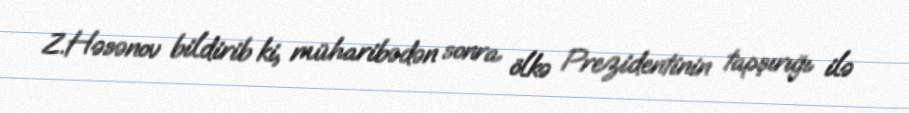
Z.Həsənov bildirib ki, müharibədən sonra ölkə Prezidentinin tapşırığı ilə